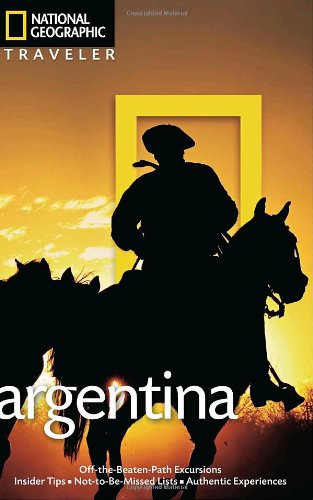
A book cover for National Geographic Traveler: Argentina; Wayne Bernhardson; Travel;